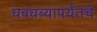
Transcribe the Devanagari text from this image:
धबधब्यापर्यंतचे